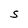
Character: S